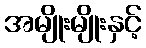
အမျိုးမျိုးနှင့်